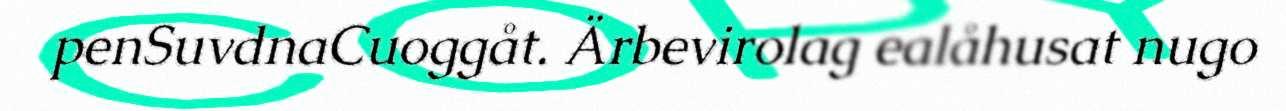
penSuvdnaCuoggåt. Ärbevirolag ealåhusat nugo